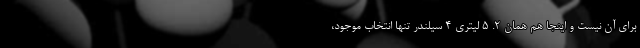
برای آن نیست و اینجا هم همان 2. 5 لیتری 4 سیلندر تنها انتخاب موجود،